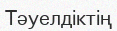
Тәуелдіктің